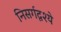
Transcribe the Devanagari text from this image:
निसर्गदृश्ये